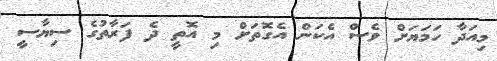
މިއަދާ ހަމަޔަށް ވެސް އެކަން އެގޮތަށް މި އޮތީ ދެ ފަރާތުގެ ސިޔާސީ